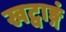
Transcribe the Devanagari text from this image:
खट्वाङ्गं